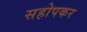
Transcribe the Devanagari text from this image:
सहोपकर